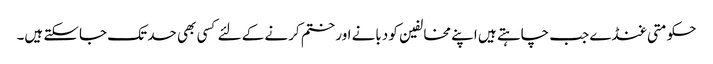
حکومتی غنڈے جب چاہتے ہیں اپنے مخالفین کو دبانے اور ختم کرنے کے لئے کسی بھی حد تک جاسکتے ہیں۔